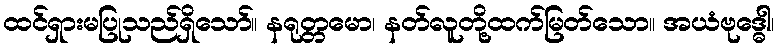
ထင်ရှားမပြုသည်ရှိသော်။ နရုတ္တမော၊ နတ်လူတို့ထက်မြတ်သော။ အယံဗုဒ္ဓေါ၊